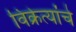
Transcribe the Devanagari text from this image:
विक्रेत्यांचे